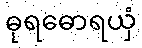
ဓုရဓောရယှံ